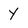
Character: Y